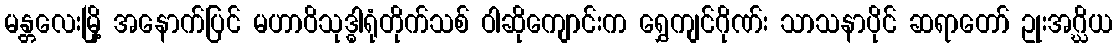
မန္တလေးမြို့ အနောက်ပြင် မဟာဝိသုဒ္ဓါရုံတိုက်သစ် ဝါဆိုကျောင်းက ရွှေကျင်ဂိုဏ်း သာသနာပိုင် ဆရာတော် ဥုးအဂ္ဃိယ